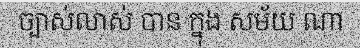
ច្បាស់លាស់ បាន ក្នុង សម័យ ណា